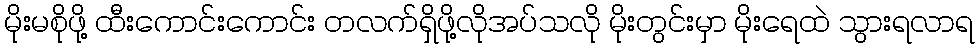
မိုးမစိုဖို့ ထီးကောင်းကောင်း တလက်ရှိဖို့လိုအပ်သလို မိုးတွင်းမှာ မိုးရေထဲ သွားရလာရ